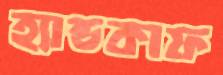
হ্যান্ডকাফ